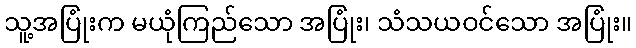
သူ့အပြုံးက မယုံကြည်သော အပြုံး၊ သံသယဝင်သော အပြုံး။